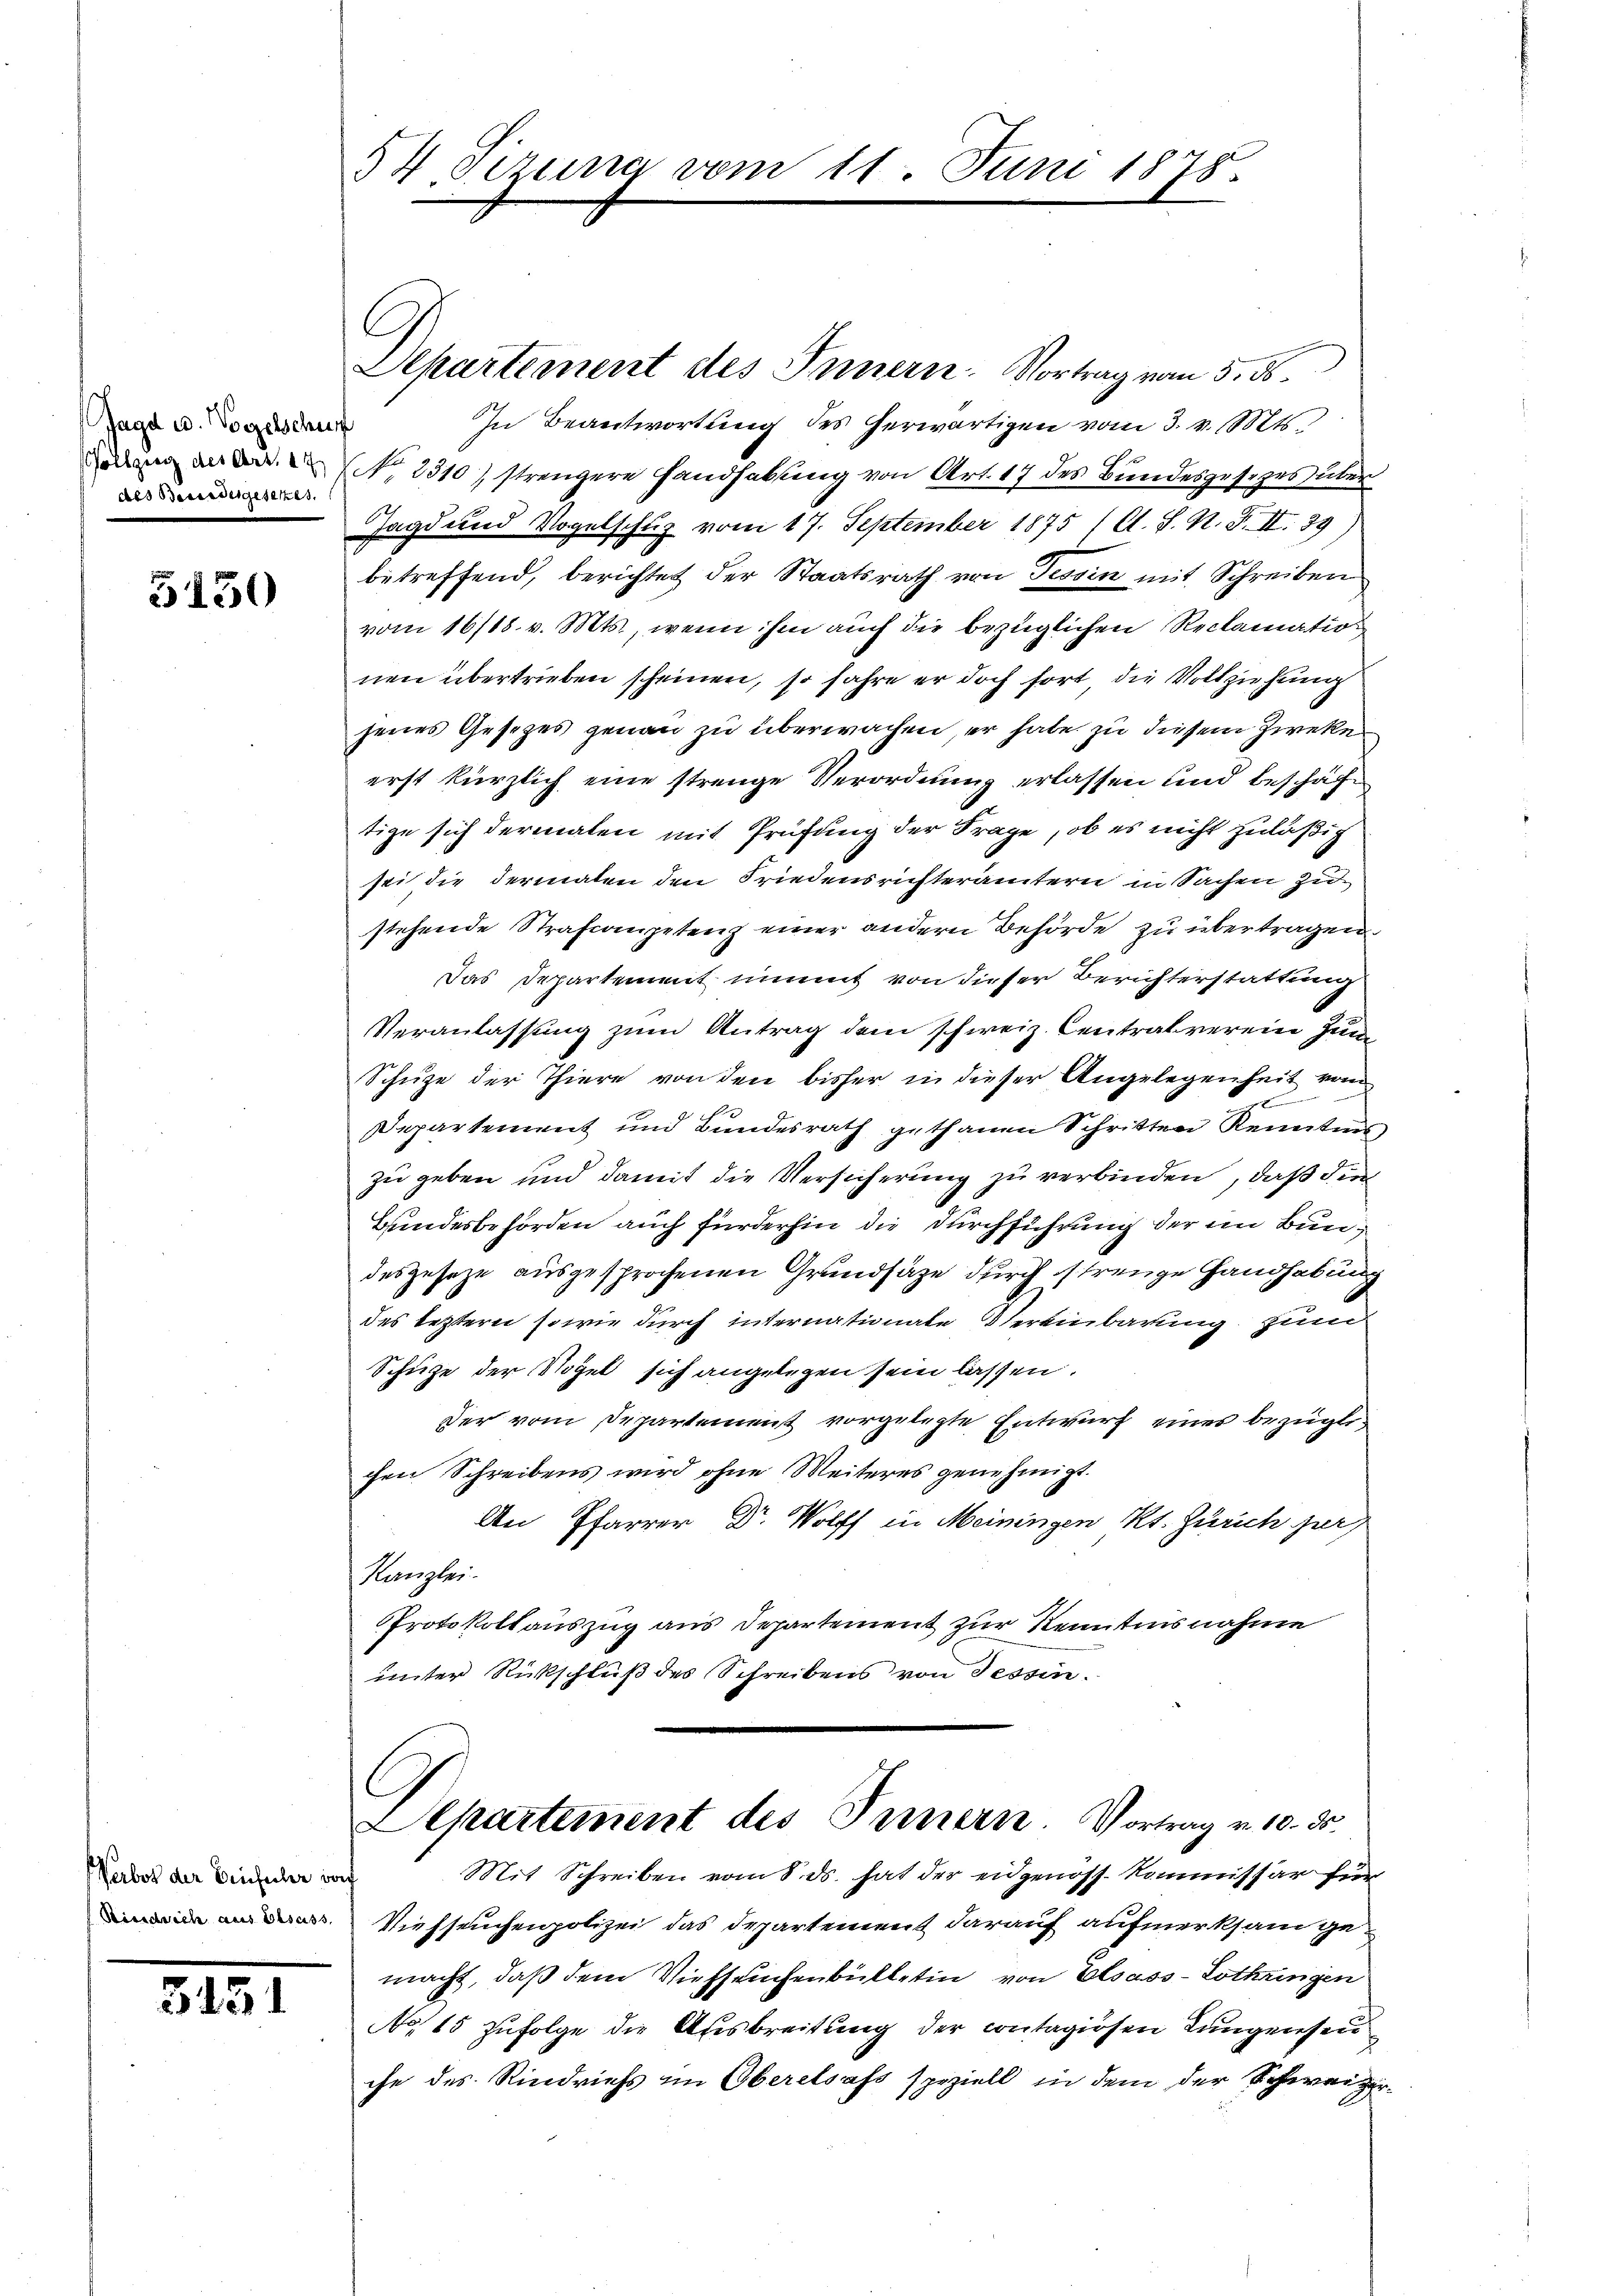
Jagd u. Vogelschurt
Gollgien des Art. 47
Bissessingesezes

5150

erbot der Einfuler doch

3451

54 Sizung vom

C

Departement des Innern. Vortrag vom 5. ds.
In Beantwortung des herwärtigen vom 3. v. Mts.
No. 2310) strengere Handhabung von Art. 17 des Bundesgesezes über
Jagd und Vogelschup vom 17. September 1875 (O. S. N. F. II.39)
betreffend, berichtet der Staatsrath von Tessin mit Schreiben
vom 16/18. v. Mts., wenn ihm auch die bezüglichen Reclamation
nen übertrieben scheinen, so fahre er doch fort, die Vollziehung
jenes Gesezes genau zu überwachen, er habe zu diesem Zweke
erst kürzlich eine strenge Verordnung erlassen und beschäfe
tige sich dermalen mit Prüfung der Frage, ob es nicht zuläßig
sei die dermalen den Friedensrichterämtern in Sachen zu
stehende Strafcompetenz einer andern Behörde zu übertragen
Das Departement nimmt von dieser Berichterstattung
Veranlassung zum Antrag dem schweiz. Centralverein zum
Schuze der Thiere von den bisher in dieser Angelegenheit vom

Departement und Bundesrath gethanen Schritten Kenntens
zu geben und damit die Versicherung zu verbinden, daß die
Bundesbehörden auch fürderhin die Durchführung der im Bundeszusetze ausgesprochenen Grundsätze durch strenge Handhabung
des leztern sowie durch internationale Vereinbarung zum
Schüze der Vogel sich angelegen sein lassen.
Der vom Departement vorgelegte Entwurf eines bezügli
chen Schreibens wird ohne Weiteres genehmigt.
An Pfarrer Dr. Wolff in Meiningen Kt. Zürich jur
Kanzlei.
Protokollauszug aus Departement zur Kenntnisnahme
unter Rückschluß des Schreibens von Tessin.

Viehseuchenpolizei das Departement darauf aufmerksam gemacht, daß dem Viehseuchenbülletin von Elsass-Lothringen
No 15 zufolge die Ausbreitung der contagiösen Lungenseu
che des Rindviehs im Oberelsass speziell in dem der Schweizer¬

11. Juni 1878.

Departement des Innern. Vortrag v. 10. 55.
Mit Schreiben vom 8. ds. hat der eidgenoss. Kommissär für